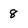
Character: 8